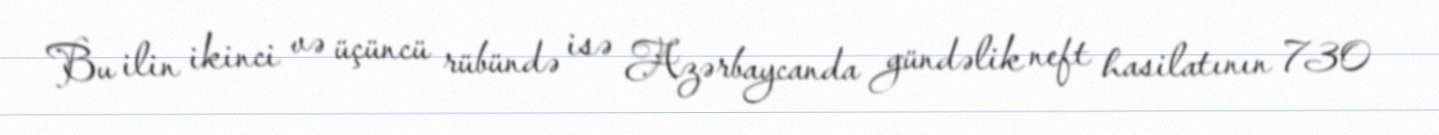
Bu ilin ikinci və üçüncü rübündə isə Azərbaycanda gündəlik neft hasilatının 730